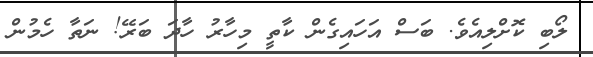
ލޯބި ކޮށްލިއެވެ. ބަސް އަހައިގެން ކާތީ މިހާރު ހާދަ ބަރޭ! ނަތާ ހެމުން